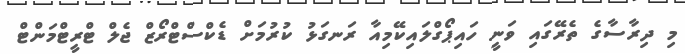
މި ދިރާސާގެ ތެރޭގައި ވަނީ ހައިޕޯގްލައިކޭމިއާ ރަނގަޅު ކުރުމަށް ޑެކްސްޓްރޯޒް ޖެލް ޓްރީޓްމަންޓް